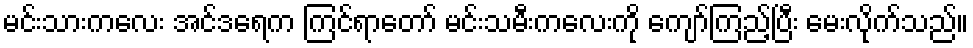
မင်းသားကလေး အင်ဒရေက ကြင်ရာတော် မင်းသမီးကလေးကို ကျော်ကြည့်ပြီး မေးလိုက်သည်။